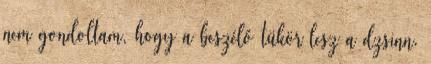
nem gondoltam, hogy a beszélő tükör lesz a dzsinn.